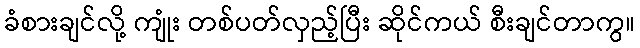
ခံစားချင်လို့ ကျုံး တစ်ပတ်လှည့်ပြီး ဆိုင်ကယ် စီးချင်တာကွ။